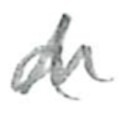
Text: a
Cross-out: zig-zag
Writing tool: pencil